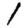
Digit: 1